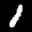
Label: 1